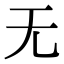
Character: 无